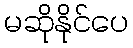
မဆိုနိုင်ပေ